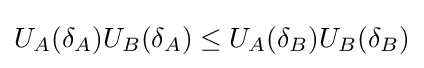
U_{A}(\delta _{A})U_{B}(\delta _{A})\leq U_{A}(\delta _{B})U_{B}(\delta _{B})